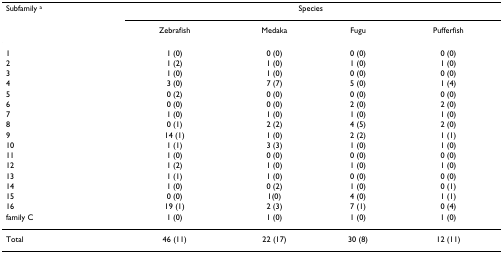
<table><thead><tr><td><b>Subfamily <sup>a</sup></b></td><td colspan="4"><b>Species</b></td></tr><tr><td></td><td><b>Zebrafish</b></td><td><b>Medaka</b></td><td><b>Fugu</b></td><td><b>Pufferfish</b></td></tr></thead><tbody><tr><td>1</td><td>1 (0)</td><td>0 (0)</td><td>0 (0)</td><td>0 (0)</td></tr><tr><td>2</td><td>1 (2)</td><td>1 (0)</td><td>1 (0)</td><td>1 (0)</td></tr><tr><td>3</td><td>1 (0)</td><td>1 (0)</td><td>0 (0)</td><td>0 (0)</td></tr><tr><td>4</td><td>3 (0)</td><td>7 (7)</td><td>5 (0)</td><td>1 (4)</td></tr><tr><td>5</td><td>0 (2)</td><td>0 (0)</td><td>0 (0)</td><td>0 (0)</td></tr><tr><td>6</td><td>0 (0)</td><td>0 (0)</td><td>2 (0)</td><td>2 (0)</td></tr><tr><td>7</td><td>1 (0)</td><td>1 (0)</td><td>1 (0)</td><td>1 (0)</td></tr><tr><td>8</td><td>0 (1)</td><td>2 (2)</td><td>4 (5)</td><td>2 (0)</td></tr><tr><td>9</td><td>14 (1)</td><td>1 (0)</td><td>2 (2)</td><td>1 (1)</td></tr><tr><td>10</td><td>1 (1)</td><td>3 (3)</td><td>1 (0)</td><td>1 (0)</td></tr><tr><td>11</td><td>1 (0)</td><td>0 (0)</td><td>0 (0)</td><td>0 (0)</td></tr><tr><td>12</td><td>1 (2)</td><td>1 (0)</td><td>1 (0)</td><td>1 (0)</td></tr><tr><td>13</td><td>1 (1)</td><td>1 (0)</td><td>0 (0)</td><td>0 (0)</td></tr><tr><td>14</td><td>1 (0)</td><td>0 (2)</td><td>1 (0)</td><td>0 (1)</td></tr><tr><td>15</td><td>0 (0)</td><td>1(0)</td><td>4 (0)</td><td>1 (1)</td></tr><tr><td>16</td><td>19 (1)</td><td>2 (3)</td><td>7 (1)</td><td>0 (4)</td></tr><tr><td>family C</td><td>1 (0)</td><td>1 (0)</td><td>1 (0)</td><td>1 (0)</td></tr><tr><td>Total</td><td>46 (11)</td><td>22 (17)</td><td>30 (8)</td><td>12 (11)</td></tr></tbody></table>